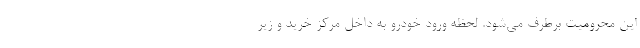
این محرومیت برطرف می‌شود. لحظه ورود خودرو به داخل مرکز خرید و زیر